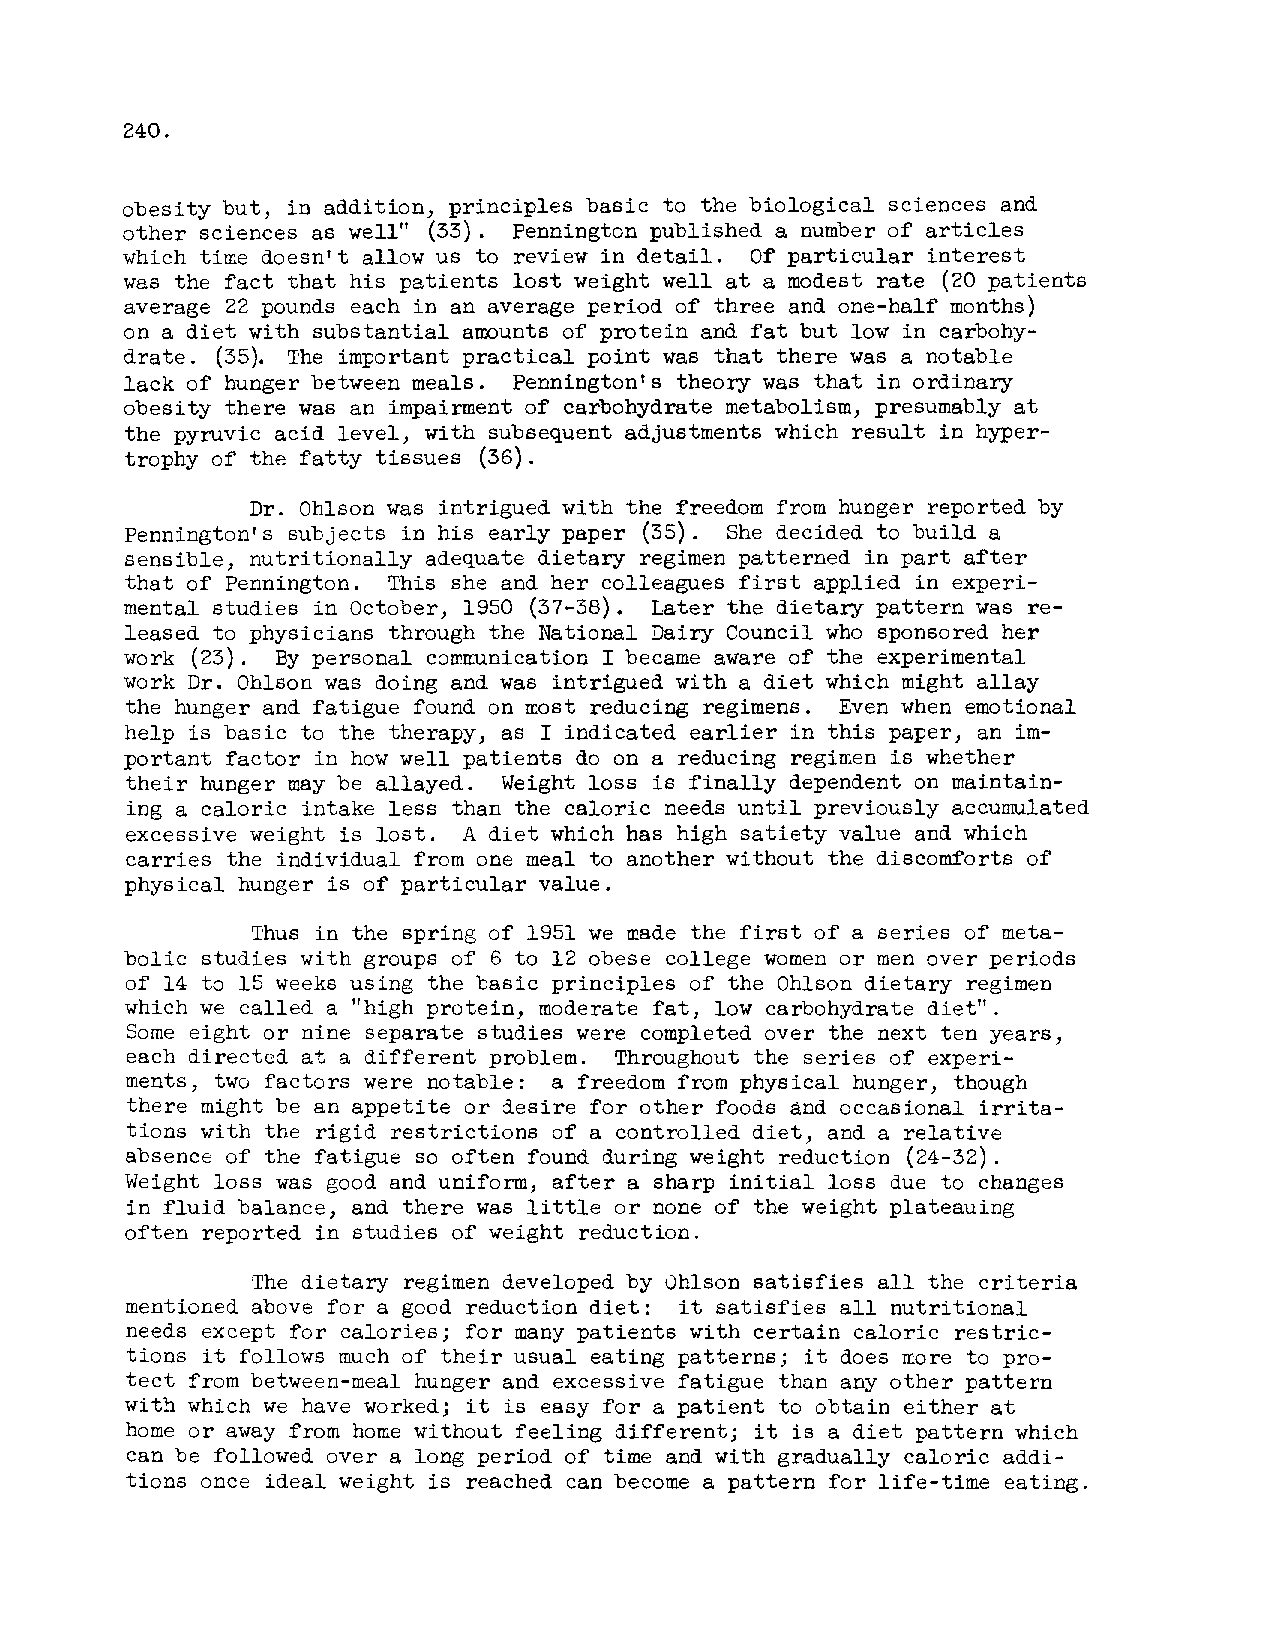
240.
 obesity but, in addition, principles basic to the biological sciences and
 other sciences as well" (33). Pennington published a number of articles
 which time doesn't allow us to review in detail. Of particular interest
 was the fact that his patients lost weight well a t a modest rate (20 patients
 average 22 pounds each in an average period of three and one-half months)
 on a diet with substantial awunts of protein and fat but low in carbohy-
 drate. (35). The important practical point was that there was a notable
 lack of hunger between meals. Pennington's theory was that i n ordinary
 obesity there was an impairment of carbohydrate metabolism, presumably a t
 the pyruvic acid level, with subsequent adjustments which result in hyper-
 trophy of the fatty tissues (36).
 Dr. Ohlson was intrigued with the freedom from hunger reported by
 Pennington's subjects in his early paper (35). She decided to build a
 sensible, nutritionally adequate dietary regimen patterned in part after
 that of Pennington. This she and her colleagues first applied in experi-
 mental studies in October, 1950 (37-38). Later the dietary pattern was re-
 leased to physicians through the National Dairy Council who sponsored her
 work (23). By personal cornmnication I became aware of the experimental
 work Dr. Ohlson was doing and was intrigued with a diet which might allay
 the hunger and fatigue found on xost reducing regimens. Even when emotional
 help is basic to the therapy, as I indicated earlier in this paper, an im-
 portant factor in how well patients do on a reducing regimen is whether
 their hunger nay be allayed. Weight loss is finally dependent on maintain-
 ing a caloric intake less than the caloric needs until previously accumulated
 excessive weight is lost. A diet which has high satiety value and which
 carries the individual from one meal to another without the discomforts of
 physical hunger is of particular value.
 Thus in the spring of 1951 we made the first of a series of meta-
 bolic studies with groups of 6 to 12 obese college women or men over periods
 of 14 to 15 weeks using the basic principles of the Ohlson dietary regimen
 which we called a "high protein, moderate fat, low carbohydrate diet".
 Some eight nine separate studies were completed over the next ten years,
 or
 each directed at a different problem. Throughout the series of experi-
 ments, two factors were notable: a freedom from physical hunger, though
 there might be an appetite desire for other foods and occasional irrita-
 or
 tions with the rigid restrictions of a controlled diet, and a relative
 absence of the fatigue so often found during weight reduction (24-32).
 Weight loss was good and uniform, after a sharp initial loss due to changes
 in fluid balance, and there was little none of the weight plateauing
 or
 often reported in studies of weight reduction.
 The dietary regimen developed by dhlson satisfies all the criteria
 mentioned above for a good reduction diet: it satisfies a l l nutritional
 needs except for calories; many patients with certain caloric restric-
 for
 tions it follows much of their usual eating patterns; it does tzore to pro-
 tect from between-meal hunger and excessive fatigue than any other pattern
 with which we have worked; it is easy for a patient to obtain either at
 home  away from home without feeling different; it is a diet pattern which
 or
 can be followed over a long period of time and with gradually caloric addi-
 tions once ideal weight is reached can become a pattern for life-time eating